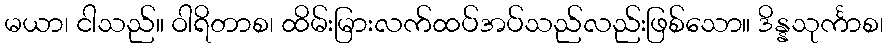
မယာ၊ ငါသည်။ ဝါရိတာစ၊ ထိမ်းမြားလက်ထပ်အပ်သည်လည်းဖြစ်သော။ ဒိန္နသုင်္ကာစ၊